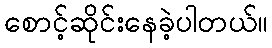
စောင့်ဆိုင်းနေခဲ့ပါတယ်။